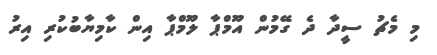
މި މެޗު ސީދާ ދެ ގޭމުން އޫމްޕާ ލޫމްޕާ އިން ކާމިޔާބުކުރި އިރު